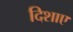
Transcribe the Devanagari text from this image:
दिशाए